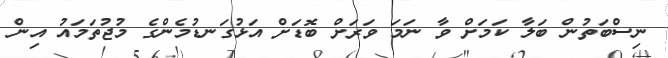
ނިސްބަތުން ބަލާ ކަމަށް ވާ ނަމަ ވަރަށް ބޮޑަށް އަޅުގަނޑުމެންގެ މުޖުތަމައު އިން